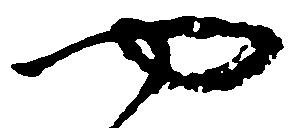
や